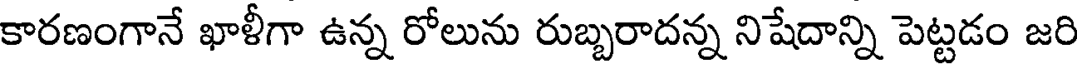
కారణంగానే ఖాళీగా ఉన్న రోలును రుబ్బరాదన్న నిషేదాన్ని పెట్టడం జరి